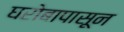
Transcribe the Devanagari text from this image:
घरोबापासून